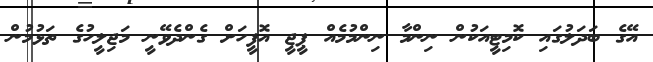
އޭގެ ބަދަލުގައި ކޮމިޓީއަކުން ނިންމާ ނިންމުމެއް ޕީޖީ އޮފީހަށް ގެންދެވޭނީ މަޖިލީހުގެ ތަޅުމުން